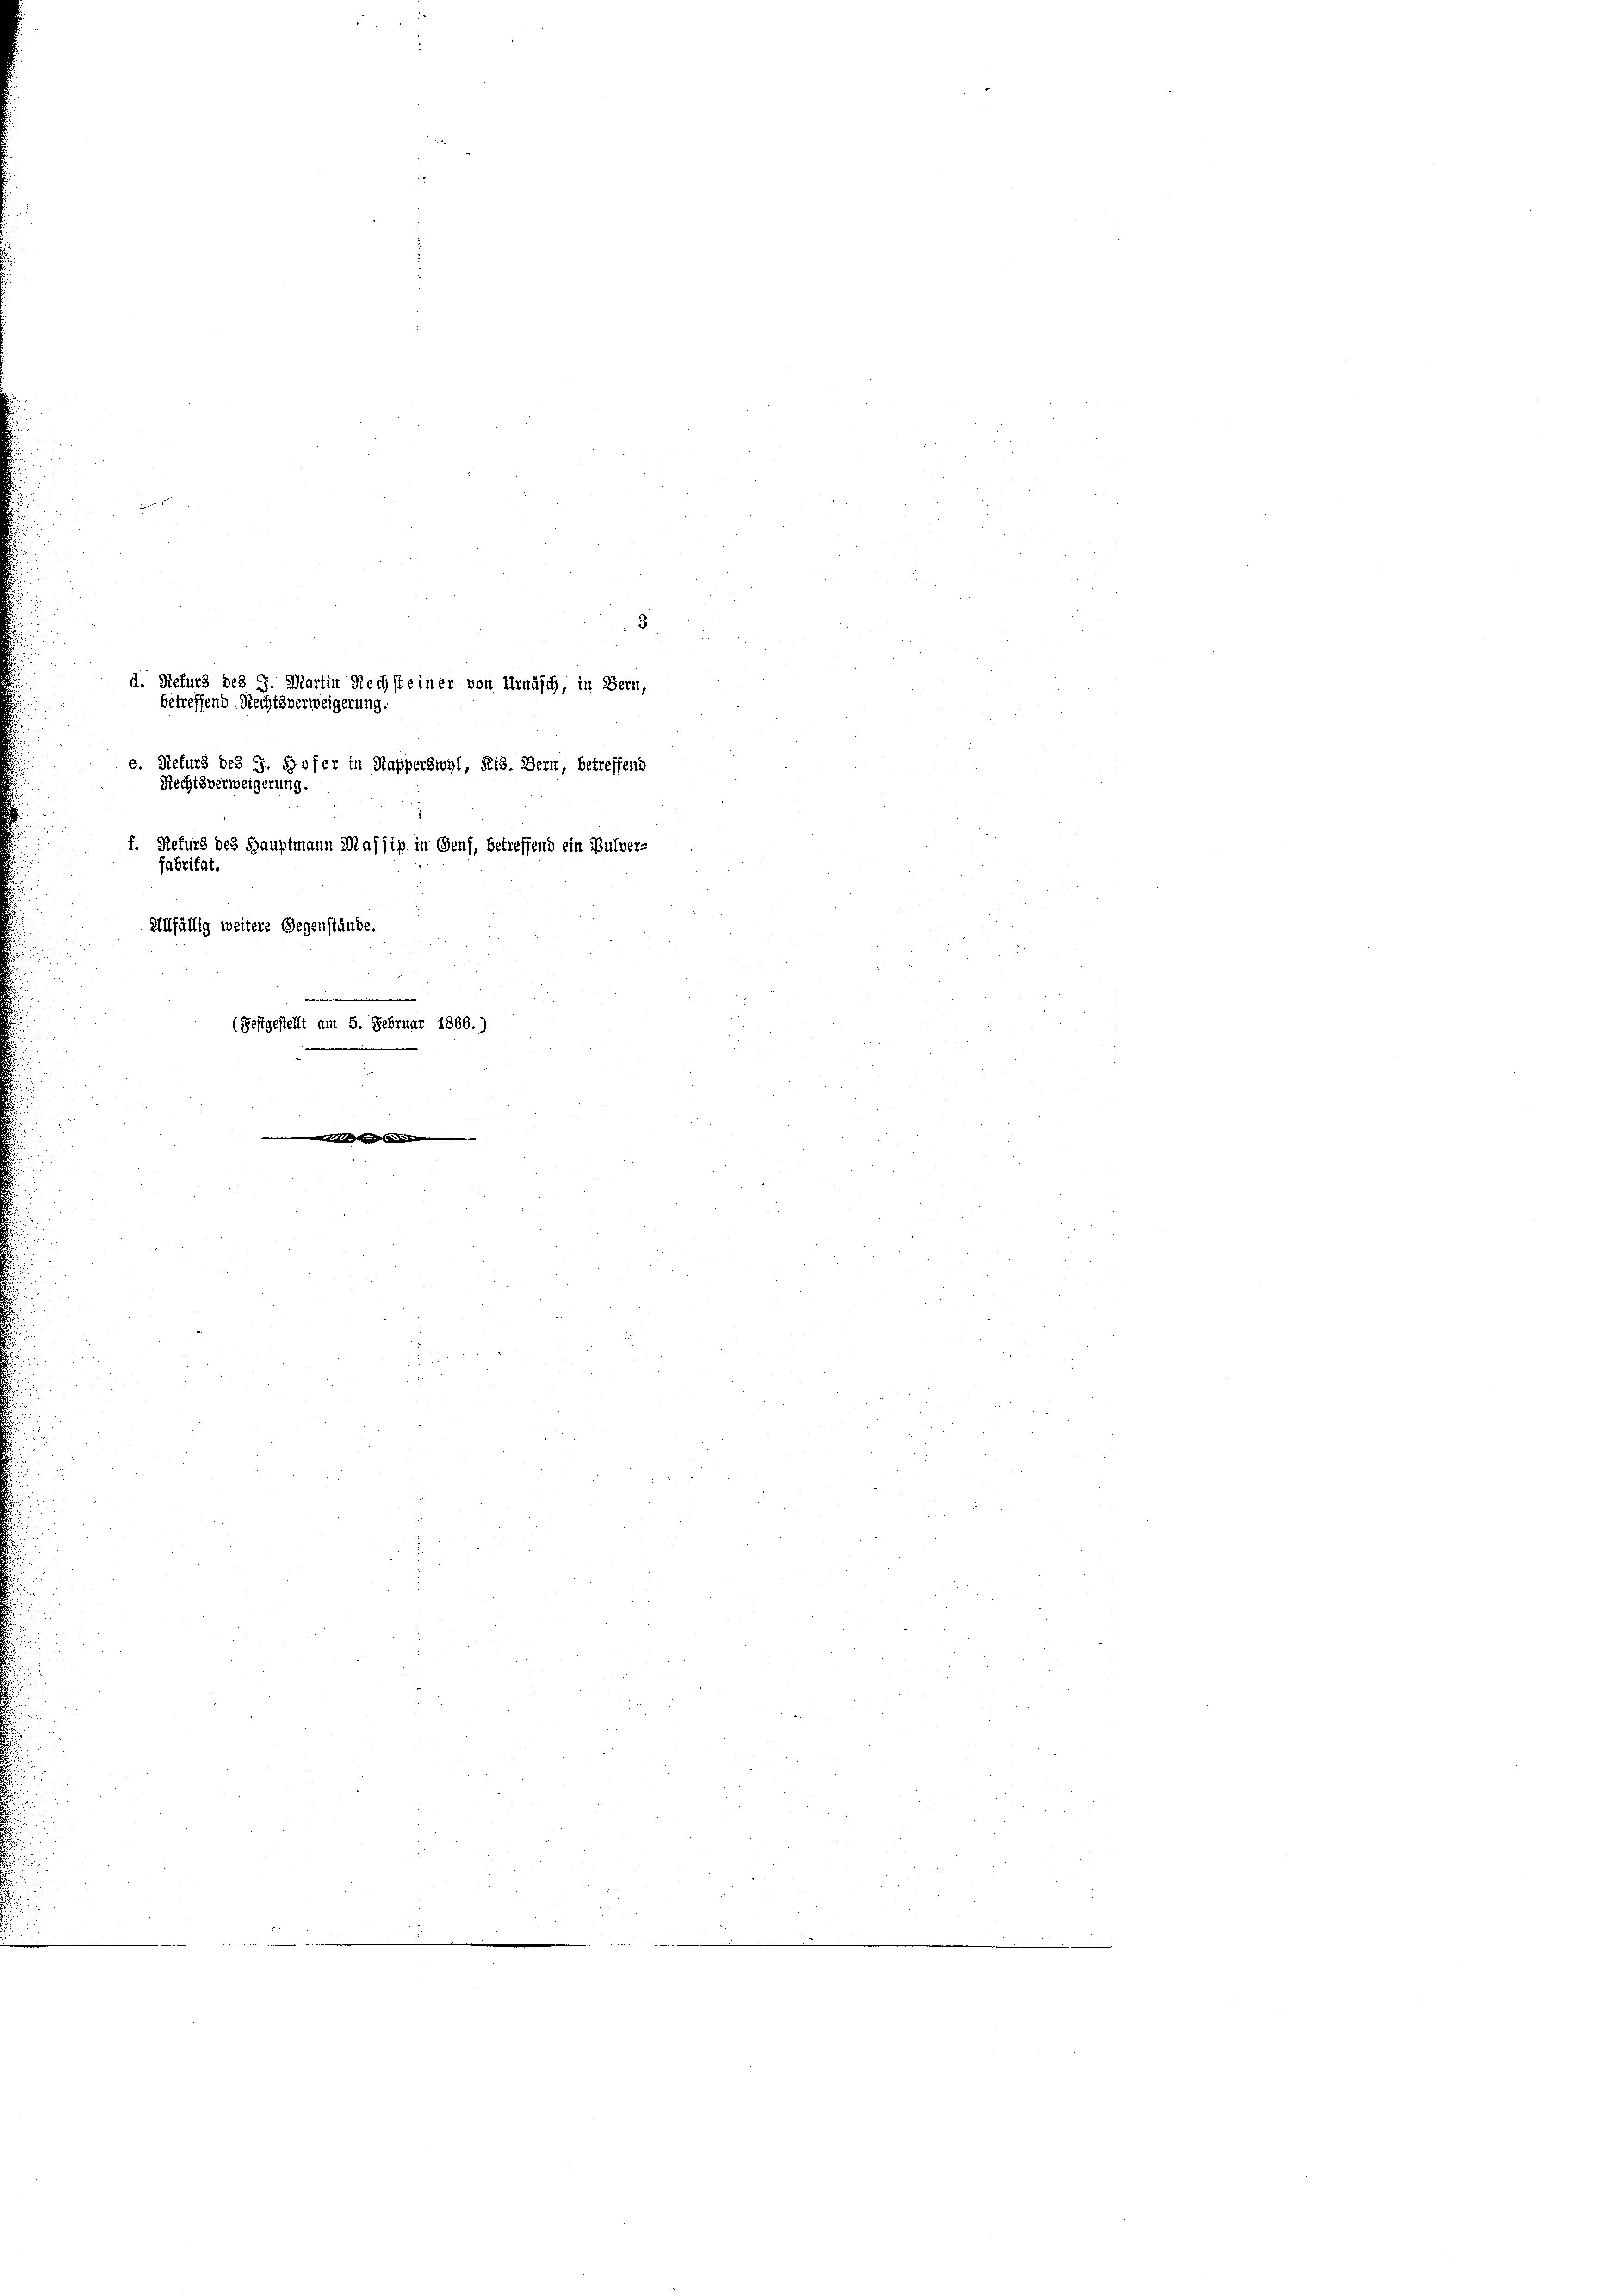
2
Rechtsverweigern.
fabritat

betreffend Rechtsverweigerung.

3
d. Refurs des 7. Martin Rechst einer von Urnäsch, in Bern,
e. Refurs des J. Hofer in Kapperswyl, Kts. Dern, betreffend
f. Refurg des Hauptmann Majjip in Genf, betreffend ein Bulver-

Allfällig weitere Gegenstände.
(Festgestellt am 5. Februar 1866.)
s